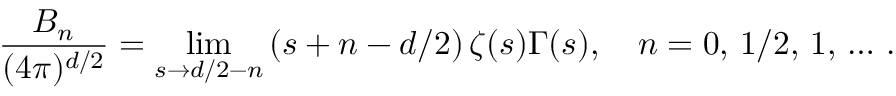
\frac { B _ { n } } { ( 4 \pi ) ^ { d / 2 } } = \operatorname * { l i m } _ { s \to d / 2 - n } \left( s + n - d / 2 \right) \zeta ( s ) \Gamma ( s ) , \quad n = 0 , \, 1 / 2 , \, 1 , \, \ldots \, { . }